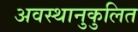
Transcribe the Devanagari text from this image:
अवस्थानुकुलित